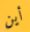
أين